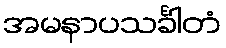
အမနာပသင်္ခါတံ